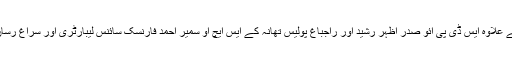
خبر ملتے ہی ایس پی سائوتھ سجاد احمد کے علاوہ ایس ڈی پی ائو صدر اظہر رشید اور راجباغ پولیس تھانہ کے ایس ایچ او سمیر احمد فارنسک سائنس لیبارٹری اور سراغ رساں کتوں کے اسکارڈ کی ٹیم لیکر پہنچ گئے۔